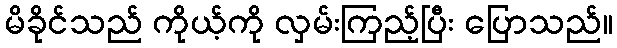
မိခိုင်သည် ကိုယ့်ကို လှမ်းကြည့်ပြီး ပြောသည်။